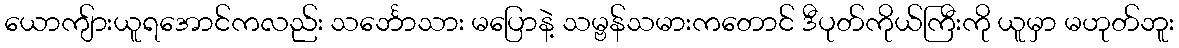
ယောကျ်ားယူရအောင်ကလည်း သင်္ဘောသား မပြောနဲ့ သမ္ဗန်သမားကတောင် ဒီပုတ်ကိုယ်ကြီးကို ယူမှာ မဟုတ်ဘူး